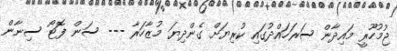
ޖުމުހޫރީ މައިދާން ސަރަހައްދުގައި ކުރިޔަށް ގެންދިޔަ މުޒާހަރާ --- ސަން ފޮޓޯ ސިނާން